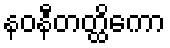
နဝနီတတ္ထိကော